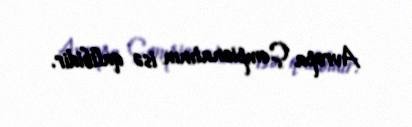
Avropa Çempionatının isə qalibidir.